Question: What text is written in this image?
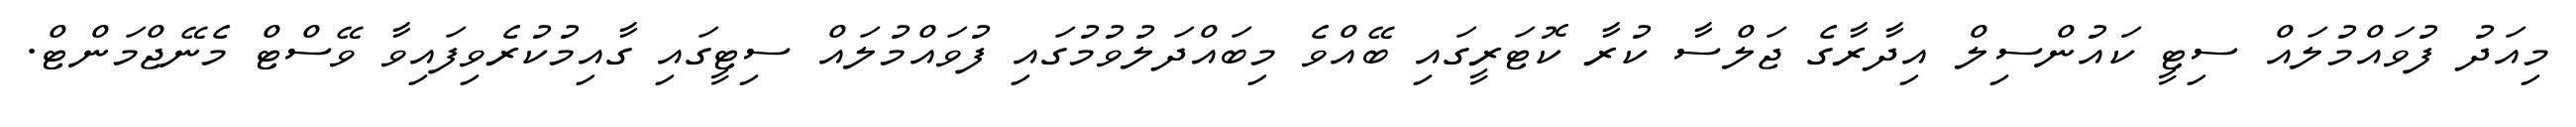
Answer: މިއަދު ފުވައްމުލައް ސިޓީ ކައުންސިލް އިދާރާގެ ޖަލްސާ ކުރާ ކޮޓަރީގައި ބޭއްވެ މިބައްދަލުވުމުގައި ފުވައްމުލައް ސިޓީގައި ގާއިމުކުރެވިފައިވާ ވޭސްޓް މެނޭޖްމަންޓް.